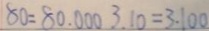
8 0 = 8 0 . 0 0 0 3 . 1 0 = 3 . 1 0 0